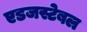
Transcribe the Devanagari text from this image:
एडजस्टेबल